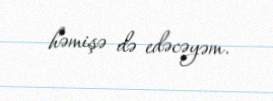
həmişə də edəcəyəm.